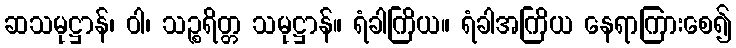
ဆသမုဋ္ဌာန်၊ ဝါ၊ သဉ္စရိတ္တ သမုဋ္ဌာန်။ ရံခါကြိယ။ ရံခါအကြိယ နေရာကြားစေ၍